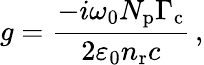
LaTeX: g=\frac{-i\omega_{0}N_{\mathrm{p}}\Gamma_{\mathrm{c}}}{2\varepsilon_{0}n_{\mathrm{r}}c}\, ,